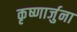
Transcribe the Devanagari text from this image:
कृष्णार्जुना